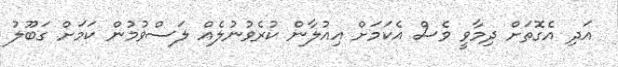
އަދި އެގޮތަށް ދިމާވީ ވެސް އެކަމަށް އިއުލާން ކުރެވުނުލެއް ލަސްވުމުން ކަމަށް ގަބޫލު